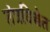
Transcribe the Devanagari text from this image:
तंत्रविद्येत